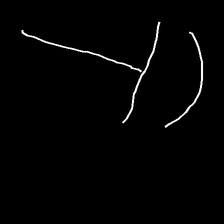
Glyph: dispersion